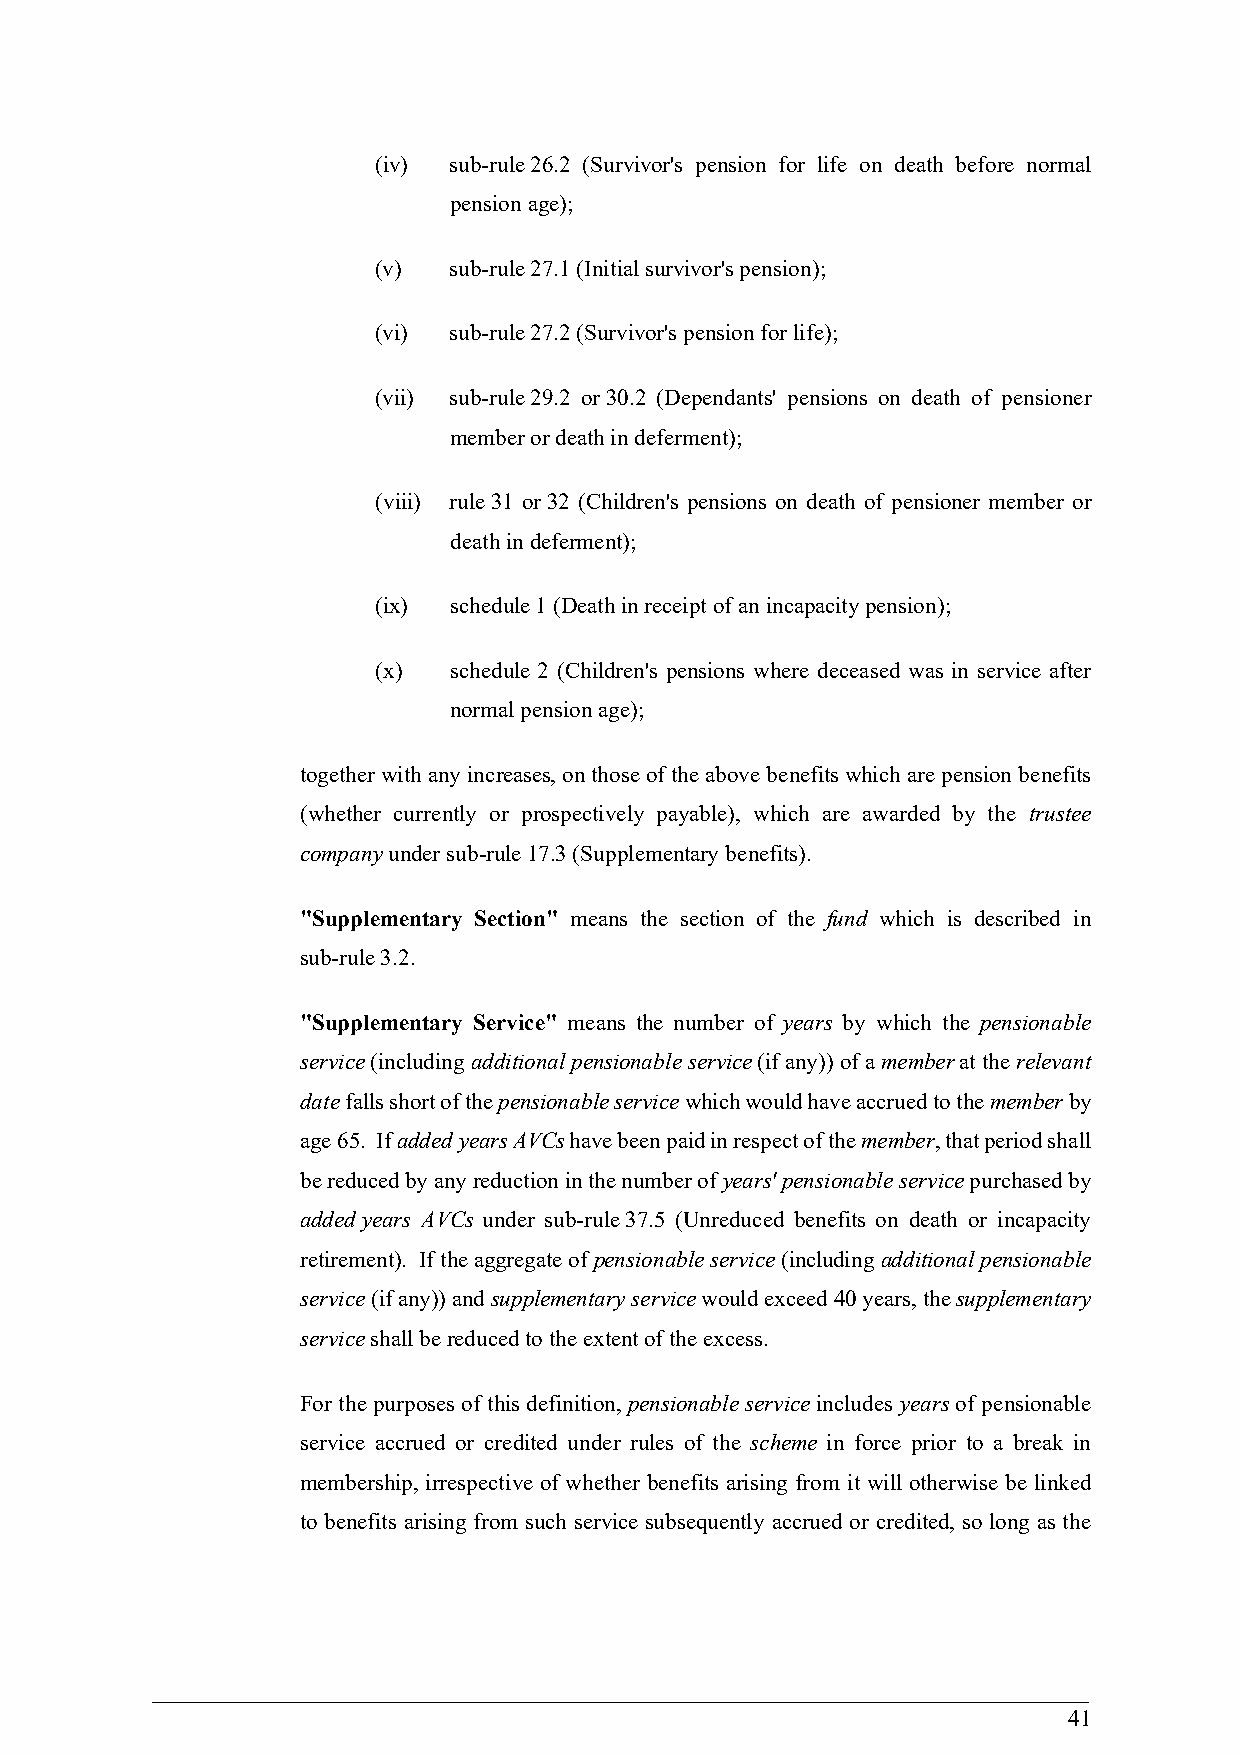
(iv) sub-rule 26.2 (Survivor's pension for life on death before normal
 pension age);
 (v)  sub-rule 27.1 (Initial survivor's pension);
 (vi) sub-rule 27.2 (Survivor's pension for life);
 (vii) sub-rule 29.2 or 30.2 (Dependants' pensions on death of pensioner
 member or death in deferment);
 (viii) rule 31 or 32 (Children's pensions on death of pensioner member or
 death in deferment);
 (ix) schedule 1 (Death in receipt of an incapacity pension);
 (x)  schedule 2 (Children's pensions where deceased was in service after
 normal pension age);
 together with any increases, on those of the above benefits which are pension benefits
 (whether currently or prospectively payable), which are awarded by the trustee
 company under sub-rule 17.3 (Supplementary benefits).
 "Supplementary Section" means the section of the fund which is described in
 sub-rule 3.2.
 "Supplementary Service" means the number of years by which the pensionable
 service (including additional pensionable service (if any)) of a member at the relevant
 date falls short of the pensionable service which would have accrued to the member by
 age 65. If added years AVCs have been paid in respect of the member, that period shall
 be reduced by any reduction in the number of years' pensionable service purchased by
 added years AVCs under sub-rule 37.5 (Unreduced benefits on death or incapacity
 retirement). If the aggregate of pensionable service (including additional pensionable
 service (if any)) and supplementary service would exceed 40 years, the supplementary
 service shall be reduced to the extent of the excess.
 For the purposes of this definition, pensionable service includes years of pensionable
 service accrued or credited under rules of the scheme in force prior to a break in
 membership, irrespective of whether benefits arising from it will otherwise be linked
 to benefits arising from such service subsequently accrued or credited, so long as the
 41